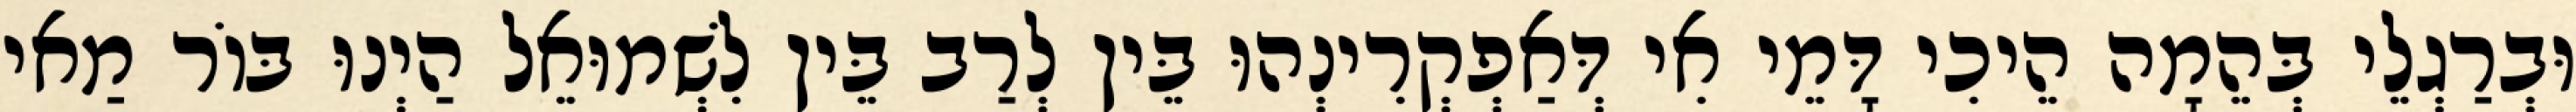
וּבְרַגְלֵי בְּהֵמָה הֵיכִי דָּמֵי אִי דְּאַפְקְרִינְהוּ בֵּין לְרַב בֵּין לִשְׁמוּאֵל הַיְנוּ בּוֹר מַאי